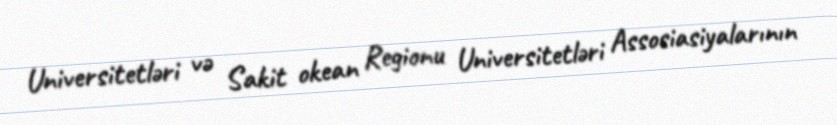
Universitetləri və Sakit okean Regionu Universitetləri Assosiasiyalarının